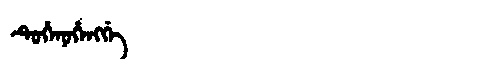
Manchu: ᡨᡠᡥᡝᠨᡠᡥᡝᠩᡤᡝ
Romanization: TUHENUHENGGE